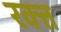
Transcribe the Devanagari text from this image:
रक्त्त